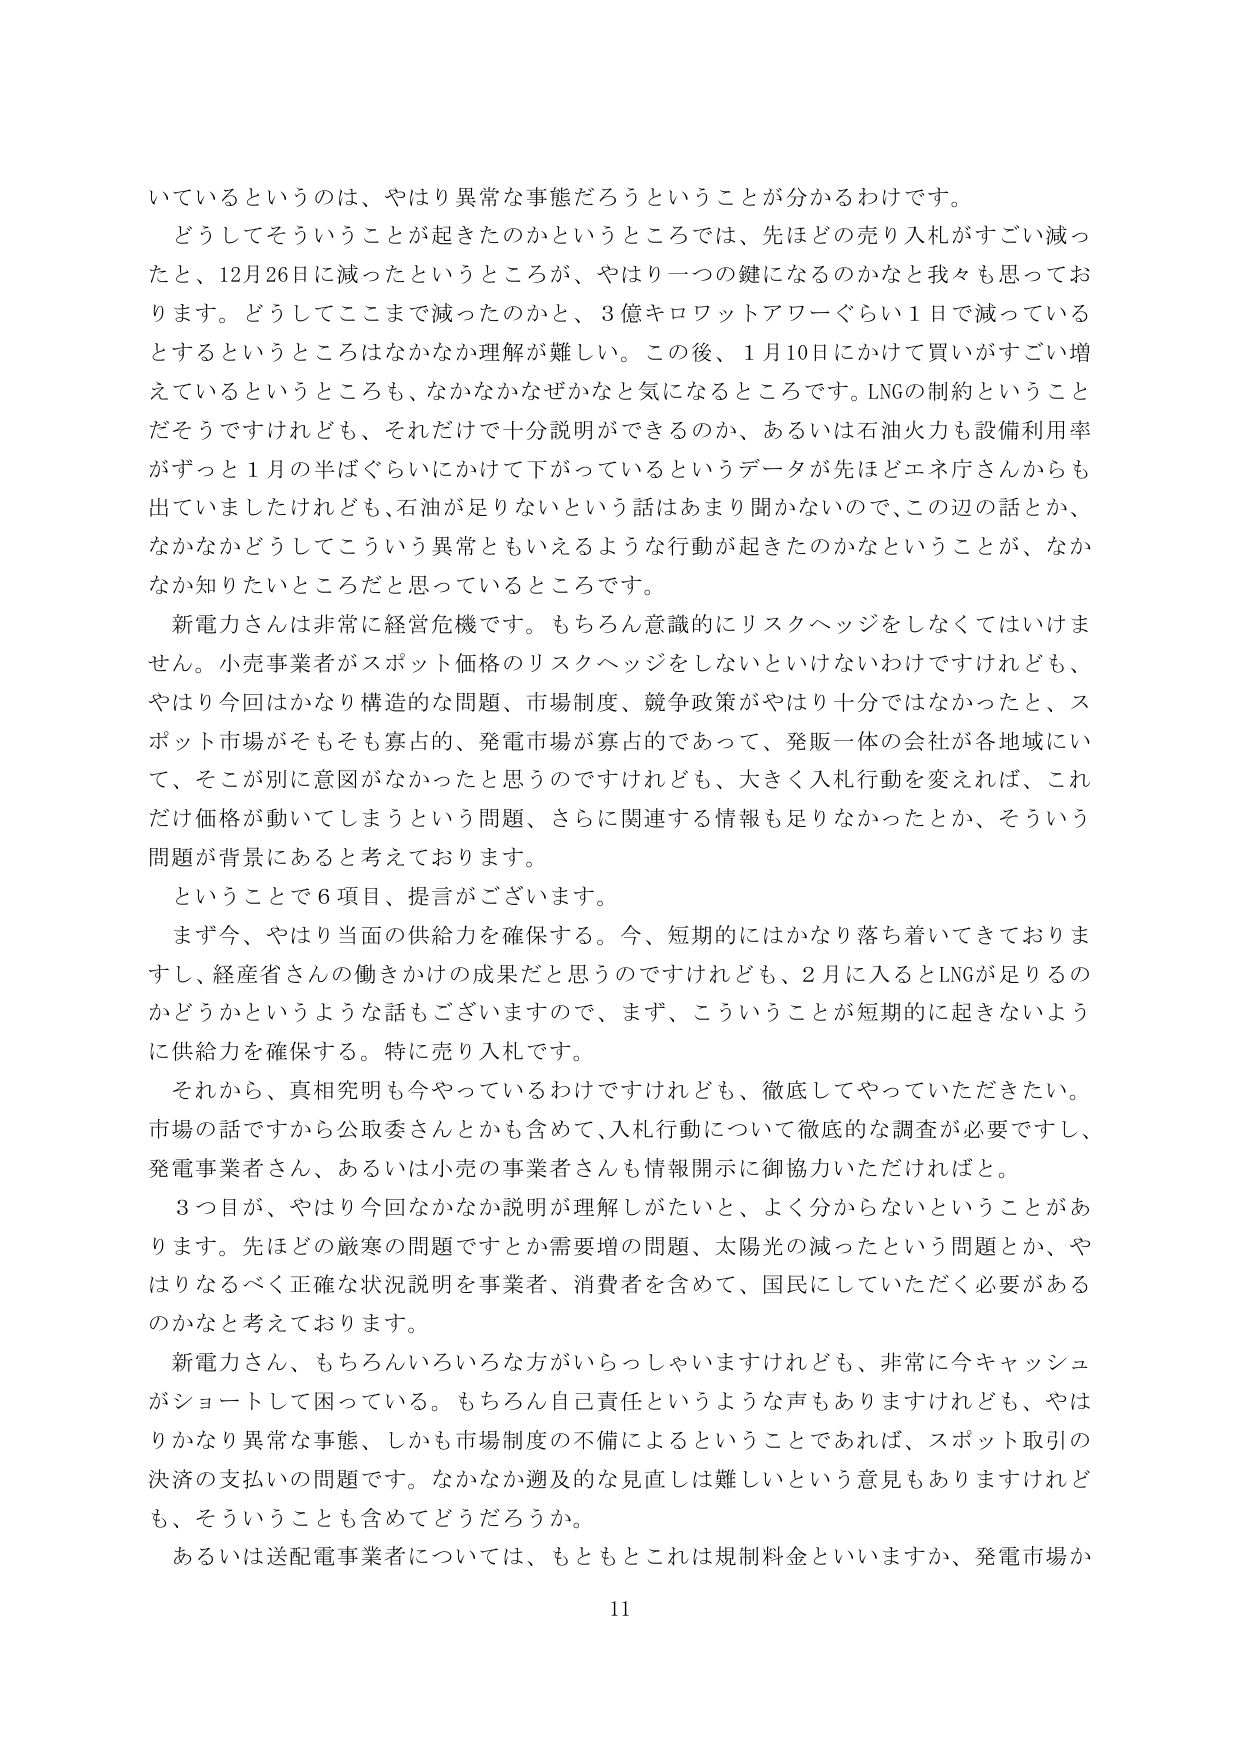
いているというのは、やはり異常な事態だろうということが分かるわけです。
どうしてそういうことが起きたのかというところでは、先ほどどの売り入札がすごい減ったと、12月26日に減ったというところが、やはり一つの鍵になるのかなと我々も思っております。どうしてここまで減ったのかと、3億キロワットアワーぐらい1日で減っているとするというところはなかなか理解が難しい。この後、1月10日にかけて買いがすごい増えているというところも、なかなかなぜかなと気になるところです。LNGの制約ということだそうですけれども、それだけで十分説明ができるのか、あるいは石油火力も設備利用率がずっと1月の半ばぐらいにかけて下がっているというデータが先ほどエネ庁さんからも出ていましたけれども、石油が足りないという話はあまり聞かないので、この辺の話とか、なかなかどうしてこういう異常ともいえるような行動が起きたのかなということが、なかなか知りたいところだと思っているところです。
新電力さんは非常に経営危機です。もちろん意識的にリスクヘッジをしなくてはいけません。小売事業者がスポット価格のリスクヘッジをしないといけないわけですけれども、やはり今回はかなり構造的な問題、市場制度、競争政策がやはり十分ではなかったと、スポット市場がそもそも寡占的、発電市場が寡占的であって、発販一体の会社が各地域にいて、そこが別に意図がなかったと思うのですけれども、大きく入札行動を変えれば、これだけ価格が動いてしまうという問題、さらに関連する情報も足りなかったとか、そういう問題が背景にあると考えております。
ということで6項目、提言がございます。
まず今、やはり当面の供給力を確保する。今、短期的にはかなり落ち着いてきておりますし、経産省さんの働きかけの成果だと思うのですけれども、2月に入るときLNGが足りるのかどうかというような話もございますので、まず、こういうことが短期的に起きないように供給力を確保する。特に売り入札です。
それから、真相究明も今やっているわけですけれども、徹底してやっていただきたい。市場の話ですから公取委さんとかも含めて、入札行動について徹底的な調査が必要ですし、発電事業者さん、あるいは小売の事業者さんも情報開示に御協力いただければと。
3つ目が、やはり今回なかなか説明が理解しがたいと、よく分からないということがあります。先ほどの厳寒の問題ですとか需要増の問題、太陽光の減ったという問題とか、やはりなるべく正確な状況説明を事業者、消費者を含めて、国民にしていただく必要があるのかなと考えております。
新電力さん、もちろんいろいろな方がいらっしゃいますけれども、非常に今キャッシュがショートして困っている。もちろん自己責任というような声もありますけれども、やはりかなり異常な事態、しかも市場制度の不備によるということであれば、スポット取引の決済の支払いの問題です。なかなか遡及的な見直しは難しいという意見もありますけれども、そういうことも含めてどうだろうか。
あるいは送配電事業者については、もともとこれは規制料金といいますか、発電市場か
11